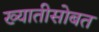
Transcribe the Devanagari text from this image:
ख्यातीसोबत